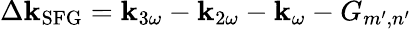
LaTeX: \Delta\mathbf{k}_{\mathrm{{{SFG}}}}=\mathbf{k}_{3\omega}-\mathbf{k}_{2\omega}-\mathbf{k}_{\omega}-G_{m^{\prime},n^{\prime}}